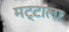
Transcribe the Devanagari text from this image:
मट्टाला